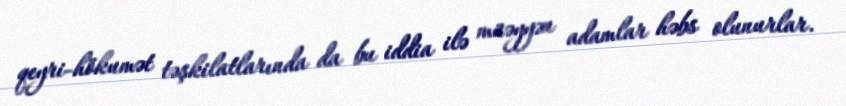
qeyri-hökumət təşkilatlarında da bu iddia ilə müəyyən adamlar həbs olunurlar.